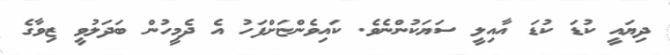
ދިޔައީ ކުޑަ ކުޑަ އާއިލީ ސަޔަކުންނެވެ. ކައިވެންޏަށްފަހު އެ ދެމީހުން ބަދަލުވީ ޒިވާގެ